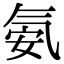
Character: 氨